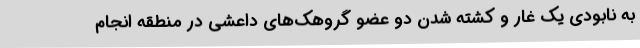
به نابودی یک غار و کشته شدن دو عضو گروهک‌های داعشی در منطقه انجام